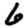
Digit: 6